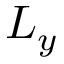
L _ { y }